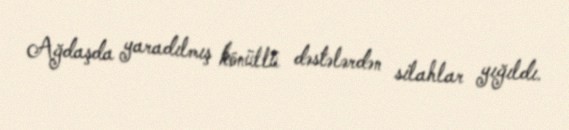
Ağdaşda yaradılmış könüllü dəstələrdən silahlar yığıldı.